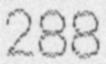
288